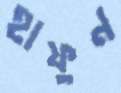
হাফুন